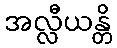
အလ္လီယန္တိ